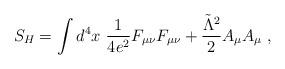
LaTeX: \begin{align*}S_H=\int d^4x \ {1\over 4e^2} F_{\mu \nu }F_{\mu \nu } + {\tilde\Lambda ^2\over 2} A_{\mu }A_{\mu } \ ,\end{align*}